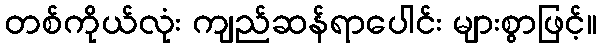
တစ်ကိုယ်လုံး ကျည်ဆန်ရာပေါင်း များစွာဖြင့်။